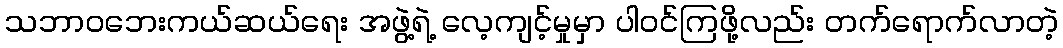
သဘာဝဘေးကယ်ဆယ်ရေး အဖွဲ့ရဲ့ လေ့ကျင့်မှုမှာ ပါဝင်ကြဖို့လည်း တက်ရောက်လာတဲ့